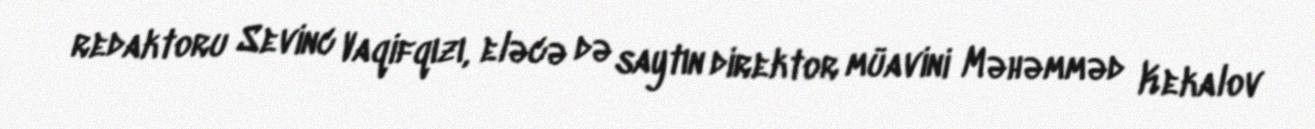
redaktoru Sevinc Vaqifqızı, eləcə də saytın direktor müavini Məhəmməd Kekalov